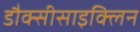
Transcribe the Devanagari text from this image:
डौक्सीसाइक्लिन